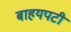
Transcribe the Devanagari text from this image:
बाहयपटी